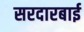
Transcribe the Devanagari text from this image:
सरदारबाई